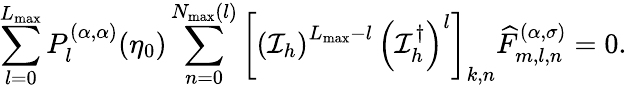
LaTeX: \sum_{l=0}^{L_{\textrm{max}}}P_{l}^{(\alpha,\alpha)}(\eta_{0})\sum_{n=0}^{N_{\textrm{max}}(l)}\left[\left(\mathcal{I}_{h}\right)^{L_{\textrm{max}}-l}\, \left(\mathcal{I}_{h}^{\dagger}\right)^{l}\right]_{k,n}\widehat{F}_{m,l,n}^{(\alpha,\sigma)}=0.